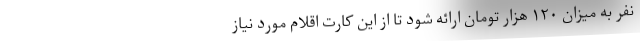
نفر به میزان ۱۲۰ هزار تومان ارائه شود تا از این کارت اقلام مورد نیاز